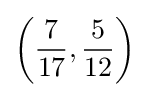
\left({\frac {7}{17}},{\frac {5}{12}}\right)